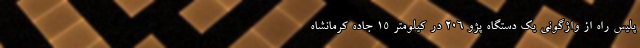
پلیس راه از واژگونی یک دستگاه پژو ۲۰۶ در کیلومتر ۱۵ جاده کرمانشاه